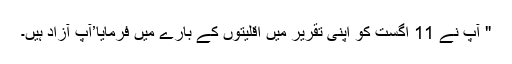
" آپ نے 11 اگست کو اپنی تقریر میں اقلیتوں کے بارے میں فرمایا’آپ آزاد ہیں۔